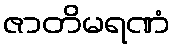
ဇာတိမရဏံ